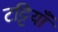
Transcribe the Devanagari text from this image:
टट्टियाँ